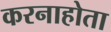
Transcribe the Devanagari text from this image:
करनाहोता